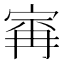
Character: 𰍆